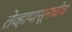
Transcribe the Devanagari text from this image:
तेव्हापासूनचीच